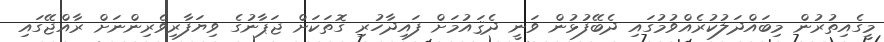
މީގެއިތުރުން މިބައްދަލުކުރެއްވުމުގައި ދެބޭފުޅުން ވަނީ ދެޤައުމަށް ފައިދާހުރި ގޮތަކަށް ޖަޕާނުގެ ވިޔަފާރިވެރިންނަށް ރާއްޖޭގައި